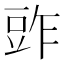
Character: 𧯤